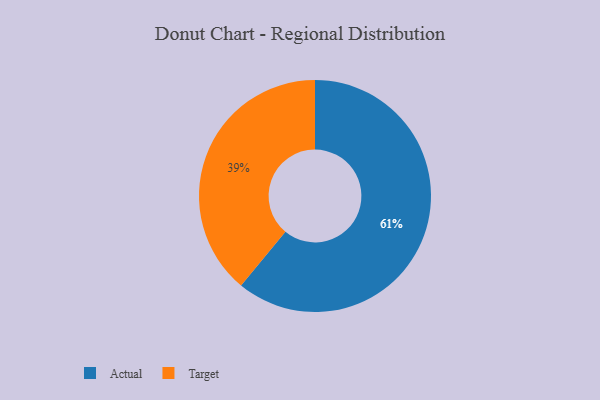
{"axis": {"x": "Category", "y": "Percentage"}, "legend": ["Actual", "Target"], "data": [{"x": "Actual", "y": 61, "type": "Actual"}, {"x": "Target", "y": 39, "type": "Target"}]}